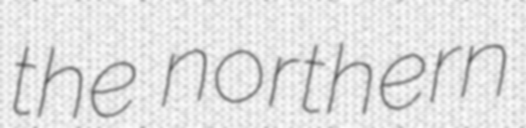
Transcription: the northern